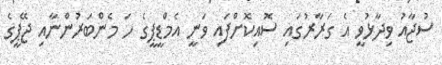
ސުޖާއު ވިދާޅުވީ އެ ގަރާރުގައި ސޮއިކޮށްފައި ވަނީ އެމްޑީޕީގެ ހަ މެންބަރުންނާއި ޖޭޕީގެ